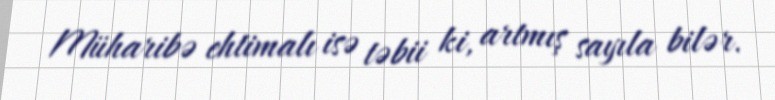
Müharibə ehtimalı isə təbii ki, artmış sayıla bilər.